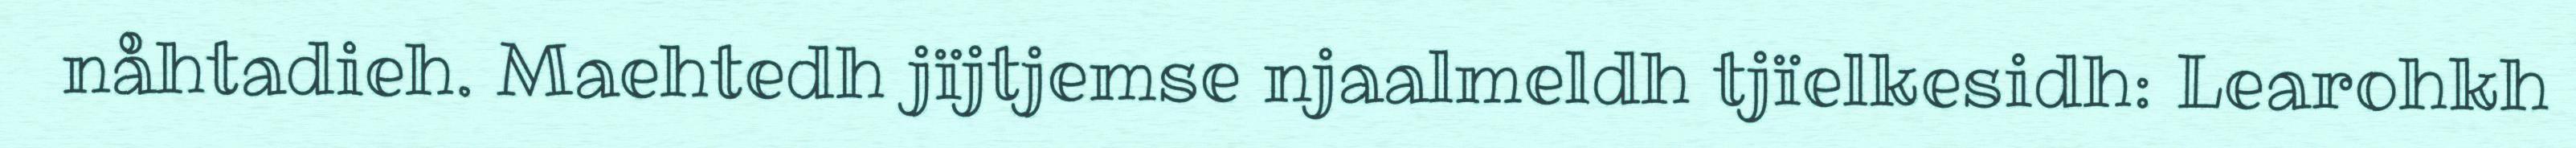
nåhtadieh. Maehtedh jïjtjemse njaalmeldh tjïelkesidh: Learohkh